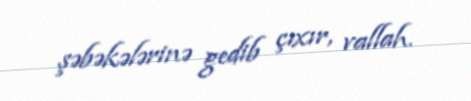
şəbəkələrinə gedib çıxır, vallah.